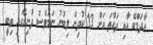
އާދަމްބޭ އާއި ދައްތަ އަށް 13 ކުދިން ލިބުނު ނަމަވެސް ދުނިޔޭގައި ތިބީ